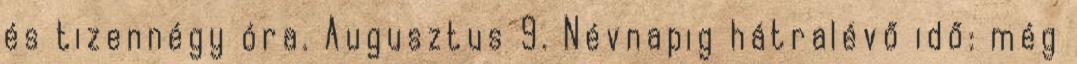
és tizennégy óra. Augusztus 9. Névnapig hátralévő idő: még